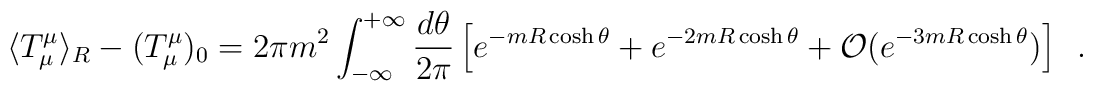
\langle T^\mu_\mu \rangle_R - (T_\mu^\mu)_0 = 2\pi m^2\int_{-\infty}^{+\infty}\frac{d\theta}{2\pi} \left[e^{-m R \cosh\theta} + e^{-2 m R \cosh\theta} +{\cal O}(e^{-3 m R \cosh\theta})\right]\,\,\,.